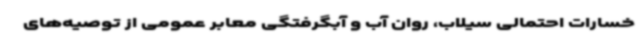
خسارات احتمالی سیلاب، روان آب و آبگرفتگی معابر عمومی از توصیه‌های